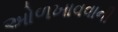
ઓળખાવવાની